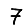
Digit: 7